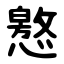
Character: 㦘